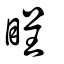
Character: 睈